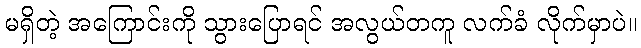
မရှိတဲ့ အကြောင်းကို သွားပြောရင် အလွယ်တကူ လက်ခံ လိုက်မှာပဲ။